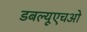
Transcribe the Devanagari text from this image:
डबल्यूएचओ